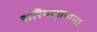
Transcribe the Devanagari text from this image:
अरियाकुप्पम।